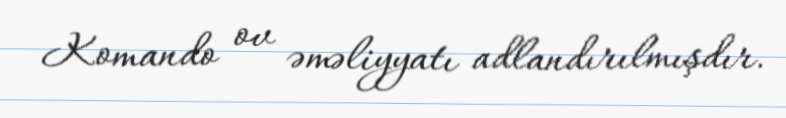
Komando ov əməliyyatı adlandırılmışdır.